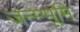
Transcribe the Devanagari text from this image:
जन्म्भूमि